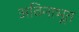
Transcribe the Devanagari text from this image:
अविनाभूत